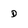
Character: D